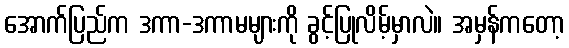
အောက်ပြည်က ဒကာ-ဒကာမများကို ခွင့်ပြုလိမ့်မှာလဲ။ အမှန်ကတော့